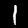
Digit: 1